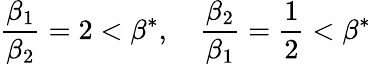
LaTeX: \frac{\beta_{1}}{\beta_{2}}=2<\beta^{*},\quad\frac{\beta_{2}}{\beta_{1}}=\frac{1}{2}<\beta^{*}